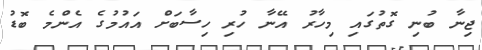
ޖިނާ ބުނި ގޮތުގައި މިހާރު އޭނާ ހުރި ހިސާބަށް އައުމުގެ އެންމެ ބޮޑު